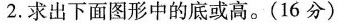
2.求出下面图形中的底或高。（16分）